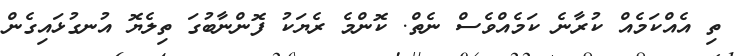
ތި އެއްކަމެއް ކުރާނެ ކަމެއްވެސް ނެތް. ކޮންމެ ރެޔަކު ފޮންނާބުގަ ތިލެޔޮ އުނގުޅައިގެން